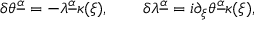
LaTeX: \delta \theta ^ { \underline { { \alpha } } } = - \lambda ^ { \underline { { \alpha } } } \kappa ( \xi ) , \qquad \delta \lambda ^ { \underline { { \alpha } } } = i \partial _ { \xi } \theta ^ { \underline { { \alpha } } } \kappa ( \xi ) ,